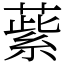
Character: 䔝